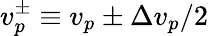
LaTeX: v_{p}^{\pm}\equiv v_{p}\pm\Delta v_{p}/2